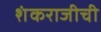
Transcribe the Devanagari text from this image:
शंकराजीची